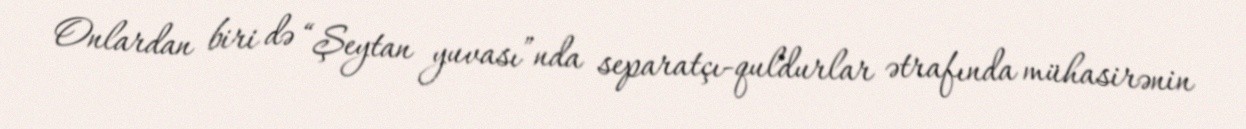
Onlardan biri də “Şeytan yuvası”nda separatçı-quldurlar ətrafında mühasirənin